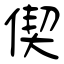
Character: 偰